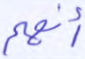
أنهم